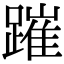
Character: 𨄍